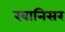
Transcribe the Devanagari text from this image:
खानिसर